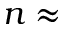
n \approx